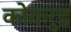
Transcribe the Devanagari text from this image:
कोकरुड